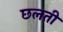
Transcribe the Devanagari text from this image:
छलती